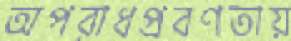
অপরাধপ্রবণতায়